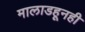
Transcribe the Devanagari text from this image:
मालाडहूनही